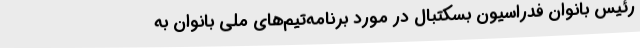
رئیس بانوان فدراسیون بسکتبال در مورد برنامه‌تیم‌های ملی بانوان به